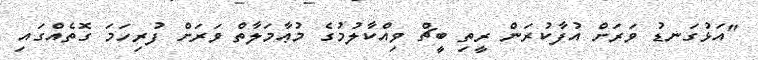
"އަޅުގަނޑު ވަރަށް އުފާކުރަން ރީތި ބީޗް ވިއްކާލުމުގެ މުޢާމަލާތް ވަރަށް ފުރިހަމަ ގޮތެއްގައި